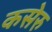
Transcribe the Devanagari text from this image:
कसेरु